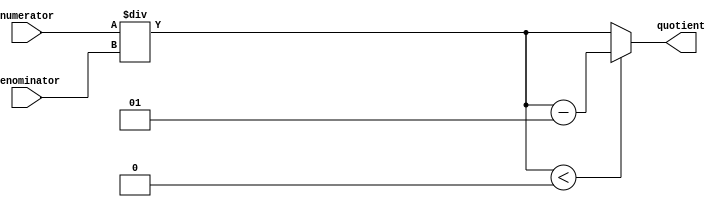
module fixed_point_divider(
    input signed [7:0] numerator,
    input signed [7:0] denominator,
    output reg signed [15:0] quotient
);

reg signed [15:0] temp_result;

always @* begin
    temp_result = numerator / denominator;
    if (temp_result < 0)
        quotient = temp_result - 1;
    else
        quotient = temp_result;
end

endmodule